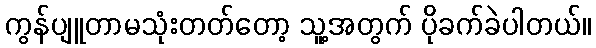
ကွန်ပျူတာမသုံးတတ်တော့ သူ့အတွက် ပိုခက်ခဲပါတယ်။